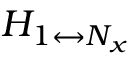
H _ { 1 \leftrightarrow N _ { x } }